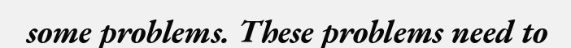
some problems. These problems need to